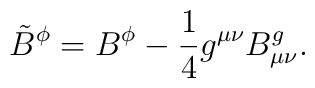
{\tilde{B}}^{\phi} = B^{\phi} - \frac{1}{4} g^{\mu\nu} B^{g}_{\mu\nu}.